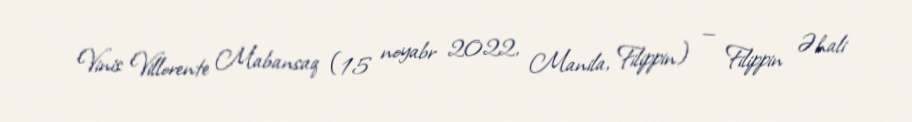
Vinis Villorente Mabansaq (15 noyabr 2022, Manila, Filippin) — Filippin Əhali